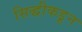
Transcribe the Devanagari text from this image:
सिद्धीकडून